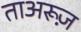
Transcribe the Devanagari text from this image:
ताअरूज़